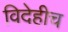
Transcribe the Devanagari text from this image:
विदेहीच